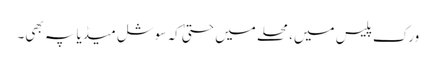
ورک پلیس میں، محلے میں حتیٰ کہ سوشل میڈیا پہ بھی۔